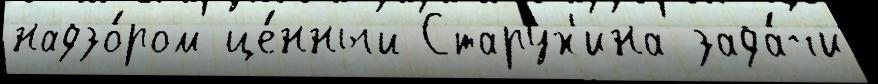
надзо́ром це́нный Старух'ина зада́чи